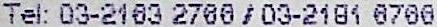
TEL: 03-2163 2766 / 03-2181 6766